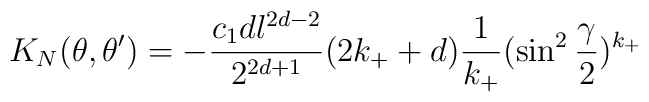
K_N(\theta ,\theta ')=-{c_1dl^{2d-2}\over 2^{2d+1}}(2k_++d){1\over k_+} (\sin^2{\gamma\over 2})^{k_+}~~